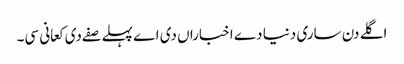
اگلے دن ساری دنیا دے اخباراں دی اے پہلے صفے دی کعانی سی۔